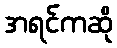
အရင်ကဆို